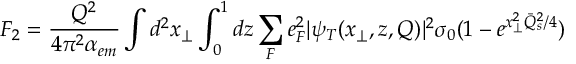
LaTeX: F _ { 2 } = { \frac { Q ^ { 2 } } { 4 \pi ^ { 2 } \alpha _ { e m } } } \int d ^ { 2 } x _ { \perp } \int _ { 0 } ^ { 1 } d z \sum _ { F } e _ { F } ^ { 2 } \vert \psi _ { T } ( x _ { \perp } , z , Q ) \vert ^ { 2 } \sigma _ { 0 } ( 1 - e ^ { x _ { \perp } ^ { 2 } { \bar { Q } } _ { s } ^ { 2 } / 4 } )